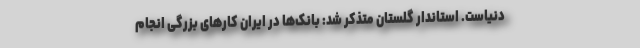
دنیاست. استاندار گلستان متذکر شد: بانک‌ها در ایران کارهای بزرگی انجام